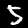
Digit: 5